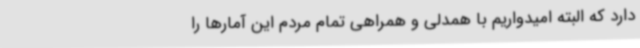
دارد که البته امیدواریم با همدلی و همراهی تمام مردم این آمارها را